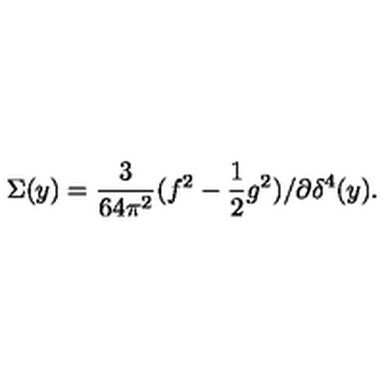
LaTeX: \Sigma ( y ) = \frac { 3 } { 6 4 \pi ^ { 2 } } ( f ^ { 2 } - \frac { 1 } { 2 } g ^ { 2 } ) / \partial \delta ^ { 4 } ( y ) .